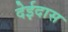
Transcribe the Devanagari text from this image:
देईदास